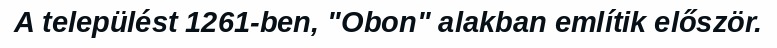
A települést 1261-ben, "Obon" alakban említik először.